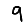
Digit: 9